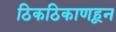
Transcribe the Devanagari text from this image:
ठिकठिकाणहून